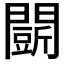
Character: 𮤟